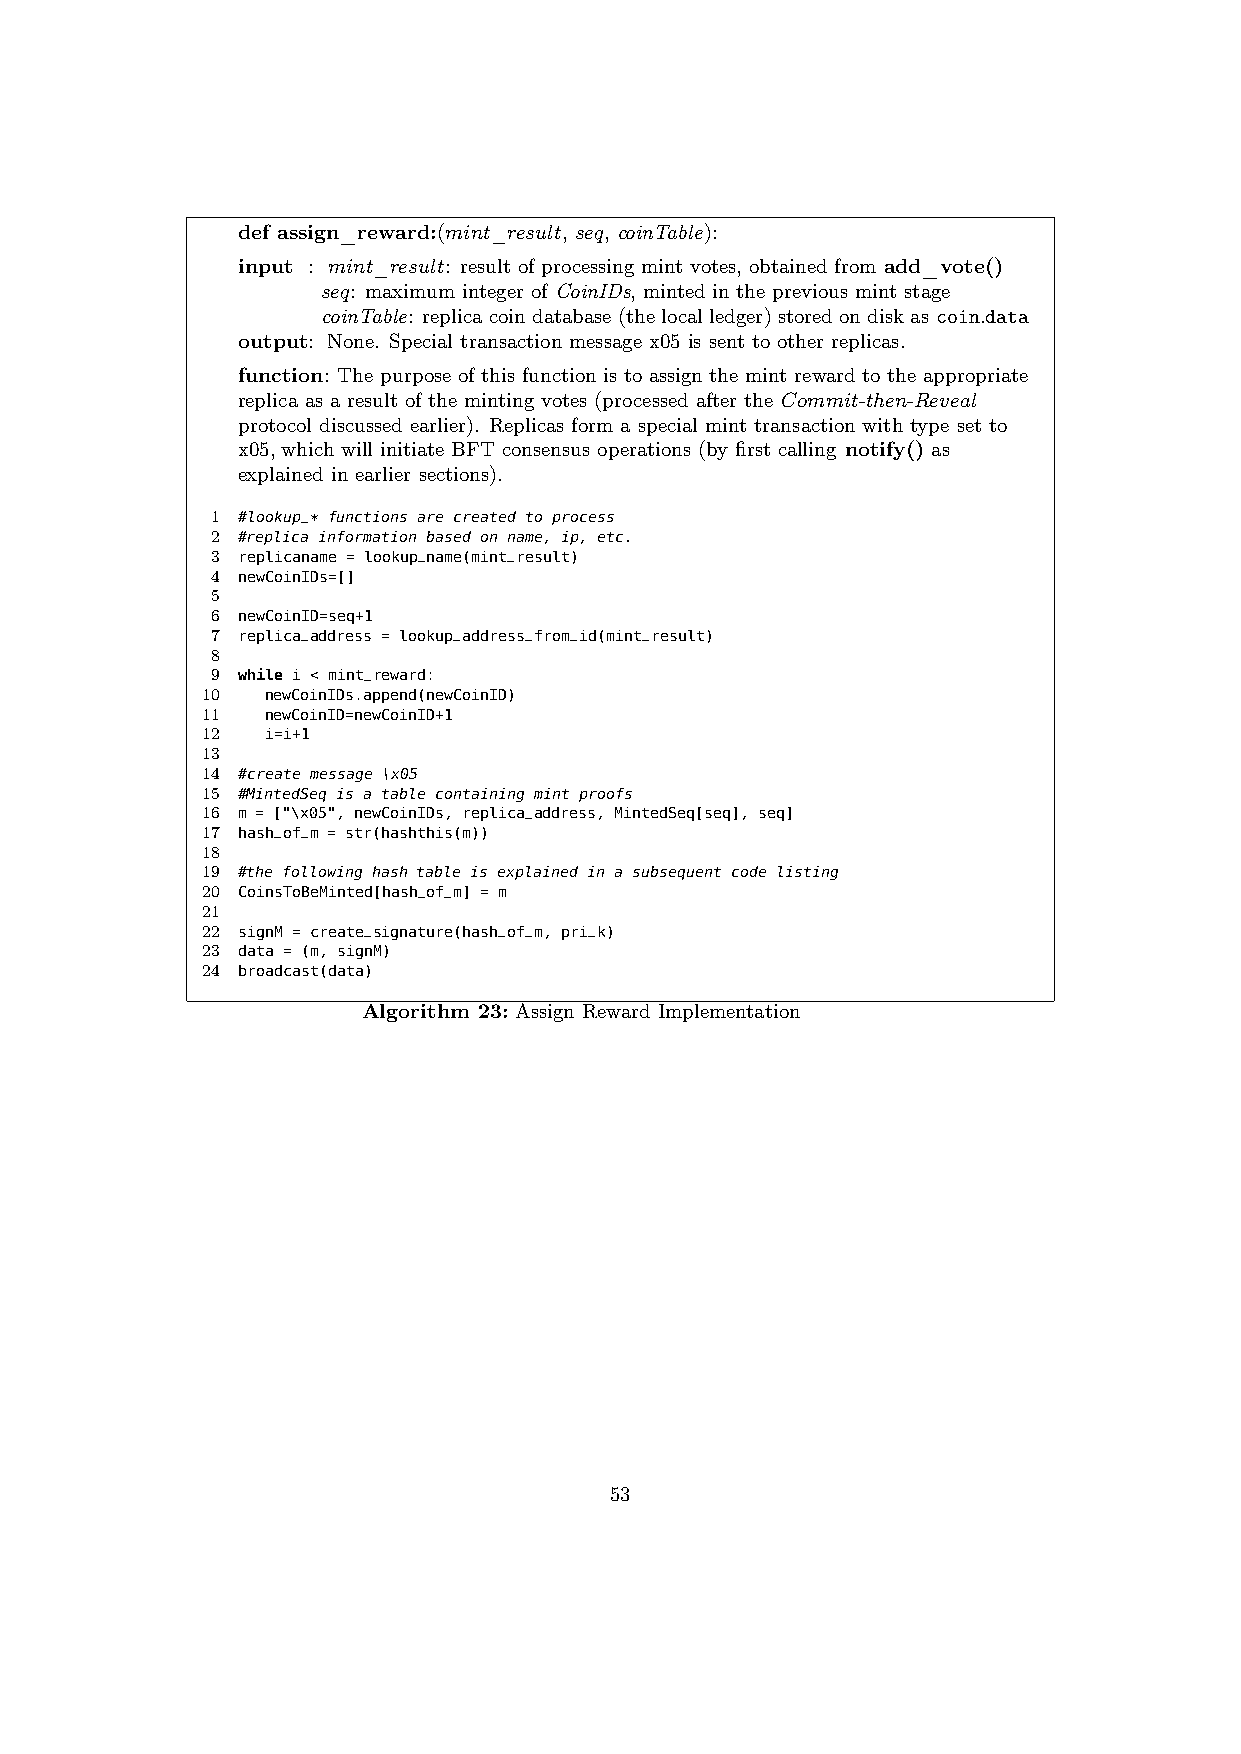
def assign_reward:(mint_result, seq, coinTable):
 input : mint_result: result of processing mint votes, obtained from add_vote()
 seq: maximum integer of CoinIDs, minted in the previous mint stage
 coinTable: replicacoin database(the local ledger) storedon diskas coin.data
 output: None. Special transaction message x05 is sent to other replicas.
 function: The purpose of this function is to assign the mint reward to the appropriate
 replica as a result of the minting votes (processed after the Commit-then-Reveal
 protocol discussed earlier). Replicas form a special mint transaction with type set to
 x05, which will initiate BFT consensus operations (by first calling notify() as
 explained in earlier sections).
 1 #lookup_ * functions are created to process
 2 #replica information based on name, ip, etc.
 3 replicaname = lookup_name(mint_result)
 4 newCoinIDs=[]
 5
 6 newCoinID=seq+1
 7 replica_address = lookup_address_from_id(mint_result)
 8
 9 while i < mint_reward:
 10   newCoinIDs.append(newCoinID)
 11   newCoinID=newCoinID+1
 12   i=i+1
 13
 14 #create message \x05
 15 #MintedSeq is a table containing mint proofs
 16 m = ["\x05", newCoinIDs, replica_address, MintedSeq[seq], seq]
 17 hash_of_m = str(hashthis(m))
 18
 19 #the following hash table is explained in a subsequent code listing
 20 CoinsToBeMinted[hash_of_m] = m
 21
 22 signM = create_signature(hash_of_m, pri_k)
 23 data = (m, signM)
 24 broadcast(data)
 Algorithm 23: Assign Reward Implementation
 53